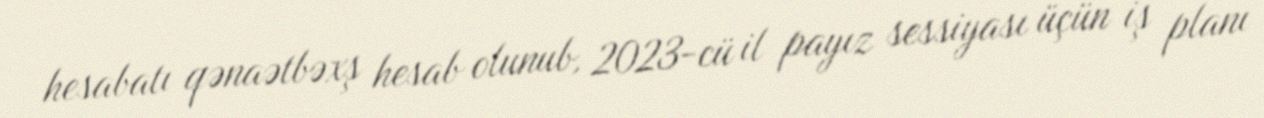
hesabatı qənaətbəxş hesab olunub, 2023-cü il payız sessiyası üçün iş planı